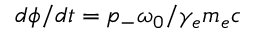
d \phi / d t = p _ { - } \omega _ { 0 } / \gamma _ { e } m _ { e } c